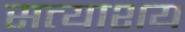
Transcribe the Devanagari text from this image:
सत्याशय